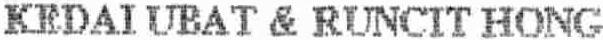
KEDAI UBAT & RUNCIT HONG